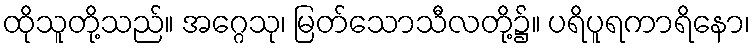
ထိုသူတို့သည်။ အဂ္ဂေသု၊ မြတ်သောသီလတို့၌။ ပရိပူရကာရိနော၊